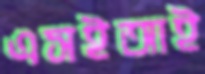
এসইআই